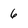
Character: 6